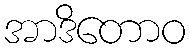
အာဒိတောဝ